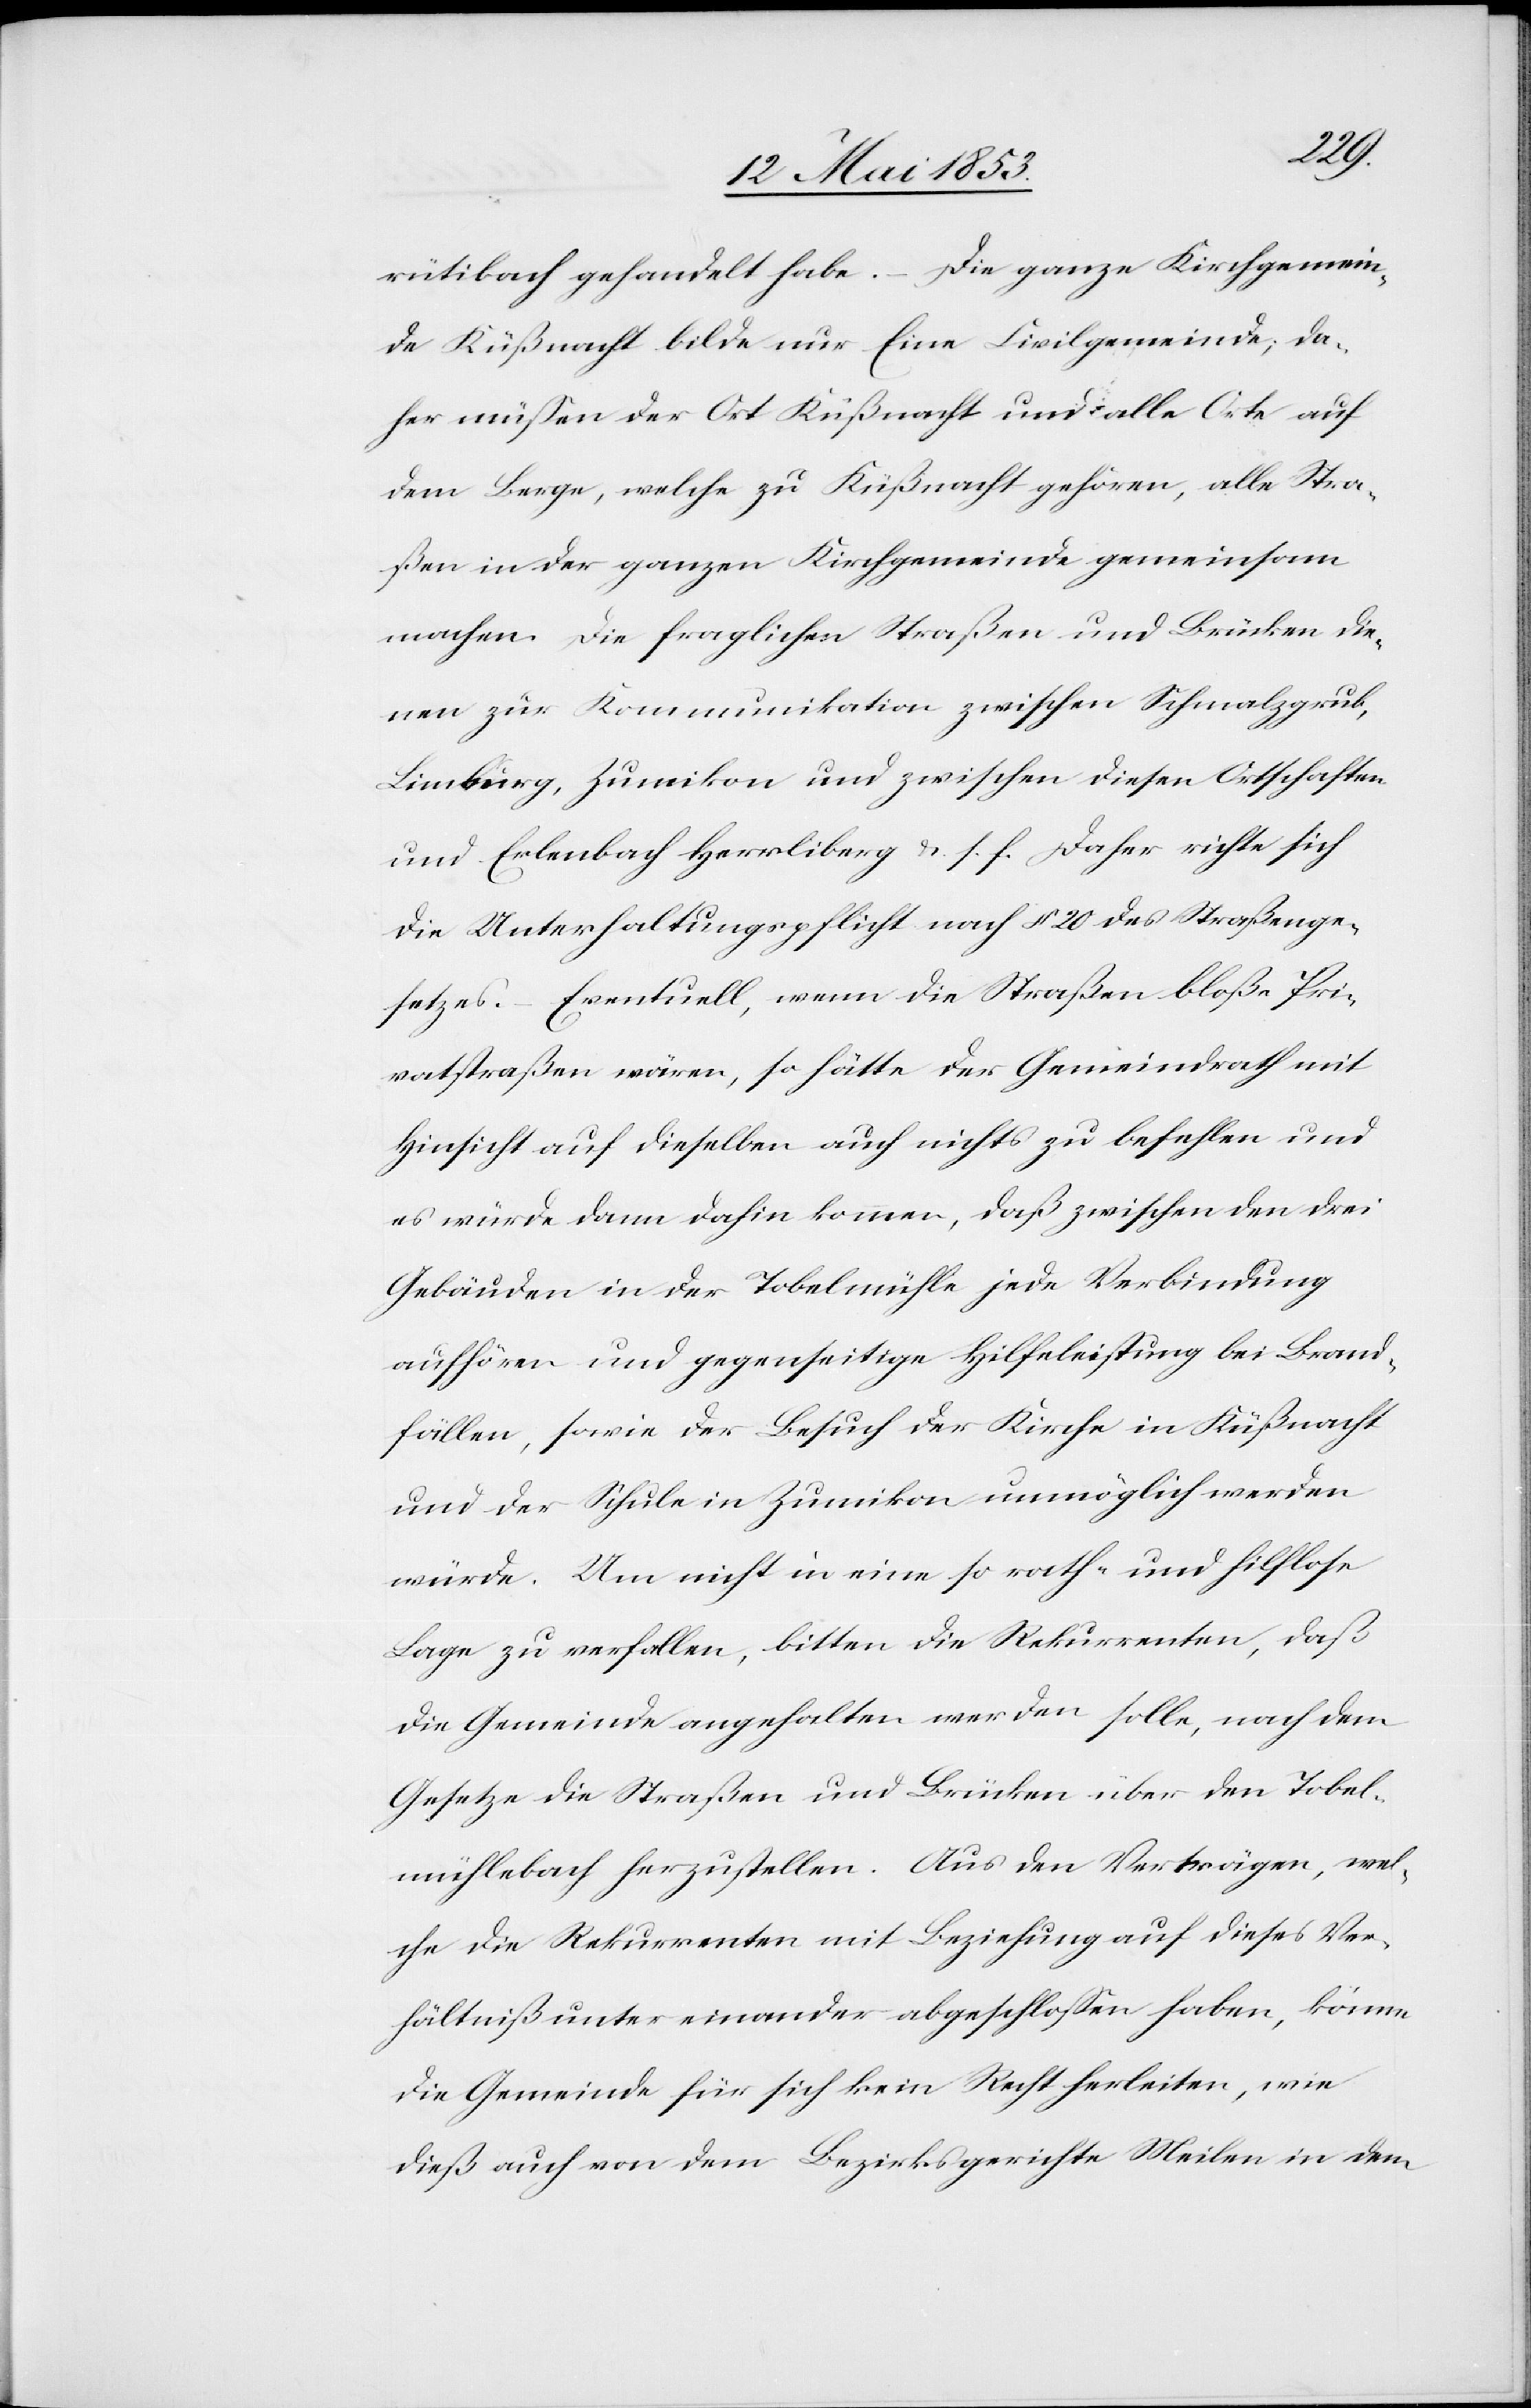
rütibach gehandelt habe. Die ganze Kirchgemein¬
de Küßnacht bilde nur Eine Civilgemeinde, da¬
her müßen der Ort Küßnacht und alle Orte auf
dem Berge, welche zu Küßnacht gehören, alle Stra¬
ßen in der ganzen Kirchgemeinde gemeinsam
machen. Die fraglichen Straßen und Brücken die¬
nen zur Kommunikation zwischen Schmalzgrub,
Limberg, Zumikon und zwischen diesen Ortschaften
und Erlenbach Herrliberg u. s. f. Daher richte sich
die Unterhaltungspflicht nach § 20 des Straßenge¬
setzes. – Eventuell, wenn die Straßen bloße Pri¬
vatstraßen wären, so hätte der Gemeindrath mit
Hinsicht auf dieselben auch nichts zu befehlen und
es würde dann dahin kommen, daß zwischen den drei
Gebäuden in der Tobelmühle jede Verbindung
aufhören und gegenseitige Hilfeleistung bei Brand¬
fällen, sowie der Besuch der Kirche in Küßnacht
und der Schule in Zumikon unmöglich werden
würde. Um nicht in eine so rath- und hilflose
Lage zu verfallen, bitten die Rekurrenten, daß
die Gemeinde angehalten werden solle, nach dem
Gesetze die Straßen und Brücken über den Tobel¬
mühlebach herzustellen. Aus den Verträgen, wel¬
che die Rekurrenten mit Beziehung auf dieses Ver¬
hältniß unter einander abgeschloßen haben, könne
die Gemeinde für sich kein Recht herleiten, wie
dieß auch von dem Bezirksgerichte Meilen in dem